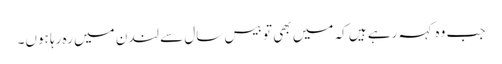
جب وہ کہہ رہے ہیں کہ میں بھی تو بیس سال سے لندن میں رہ رہا ہوں۔